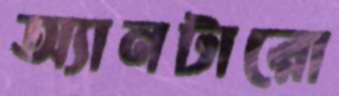
অ্যানটারো